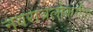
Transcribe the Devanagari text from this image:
नवरात्रलोकगीत